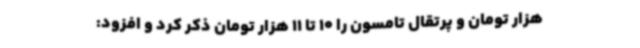
هزار تومان و پرتقال تامسون را 10 تا 11 هزار تومان ذکر کرد و افزود: